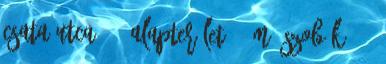
Csata utca 30. Alapterület 89 m2 Szobák 1 4